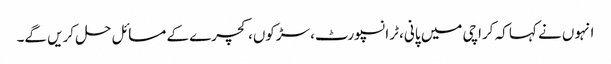
انہوں نے کہا کہ کراچی میں پانی، ٹرانسپورٹ، سڑکوں، کچرے کے مسائل حل کریں گے۔